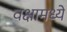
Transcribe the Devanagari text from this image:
वक्षामध्ये